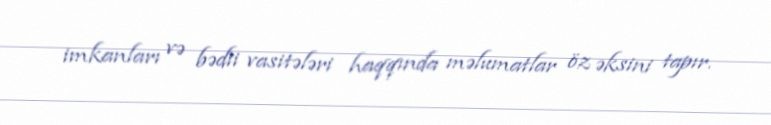
imkanları və bədii vasitələri haqqında məlumatlar öz əksini tapır.